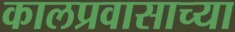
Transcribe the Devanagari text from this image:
कालप्रवासाच्या